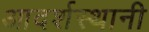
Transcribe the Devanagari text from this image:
आदर्शस्थानी